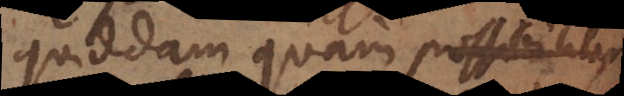
quiddam quam possibili